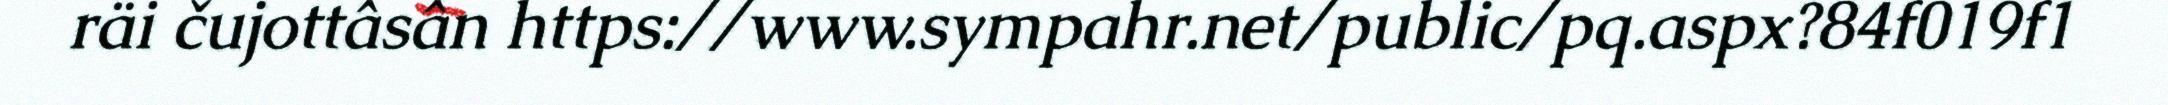
räi čujottâsân https://www.sympahr.net/public/pq.aspx?84f019f1